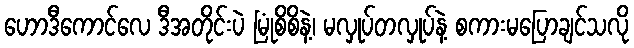
ဟောဒီကောင်လေ ဒီအတိုင်းပဲ မြုံစိစိနဲ့၊ မလှုပ်တလှုပ်နဲ့ စကားမပြောချင်သလို